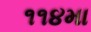
૧૧૪મા